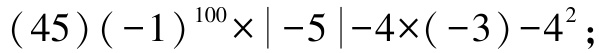
\((45)(-1)^{100}\times|-5|-4\times(-3)-4^{2}\)